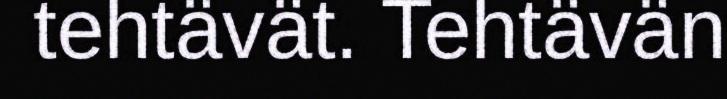
tehtävät. Tehtävän